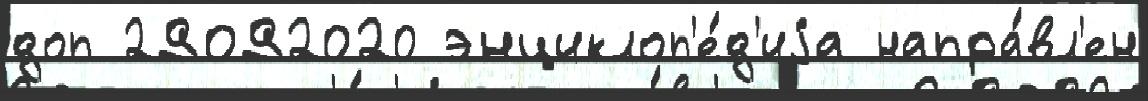
доп 29092020 энциклоп'е́д'иjа напра́вл'ен